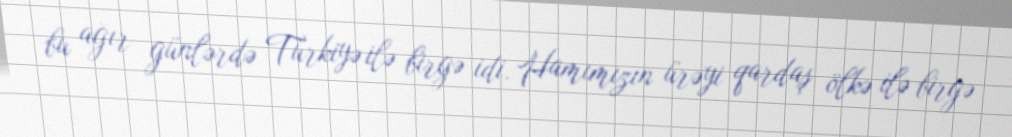
bu ağır günlərdə Türkiyə ilə birgə idi. Hamımızın ürəyi qardaş ölkə ilə birgə